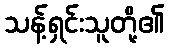
သန့်ရှင်းသူတို့၏